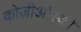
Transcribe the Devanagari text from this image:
कोज़ीओस्को